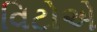
વિટોએ